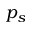
p _ { s }